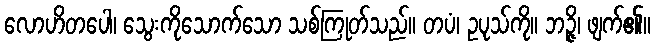
လောဟိတပေါ၊ သွေးကိုသောက်သော သစ်ကြုတ်သည်။ တပံ၊ ဥပုသ်ကို။ ဘဉ္ဇိ၊ ဖျက်၏။